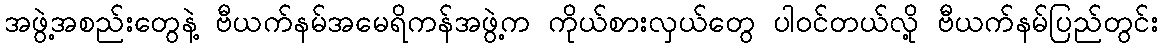
အဖွဲ့အစည်းတွေနဲ့ ဗီယက်နမ်အမေရိကန်အဖွဲ့က ကိုယ်စားလှယ်တွေ ပါဝင်တယ်လို့ ဗီယက်နမ်ပြည်တွင်း